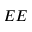
E E